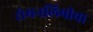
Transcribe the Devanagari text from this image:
रोमनलिपीचा